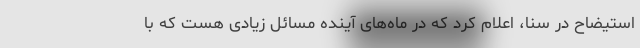
استیضاح در سنا، اعلام کرد که در ماه‌های آینده مسائل زیادی هست که با